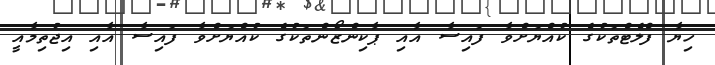
ހިޔާ ފްލެޓްތަކުގެ ކުއްޔަށްވާ ފައިސާ އާއި ޕާކިންޒޯންތަކުގެ ކުއްޔަށްވާ ފައިސާ އާއި އިޖުތިމާއީ